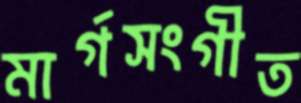
মার্গসংগীত